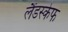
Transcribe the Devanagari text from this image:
लैंडस्केफ